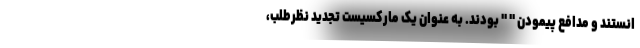
انستند و مدافع پیمودن " " بودند. به عنوان یک مارکسیست تجدید نظرطلب،